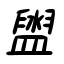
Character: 盥